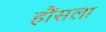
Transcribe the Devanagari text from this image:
हौंसला